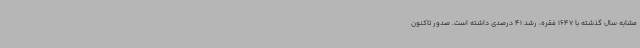
مشابه سال گذشته با 1647 فقره، رشد 41 درصدی داشته است. صدور تاکنون